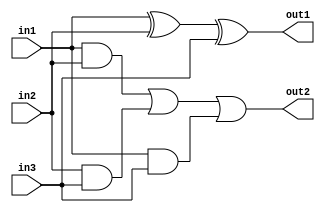
module gates(input in1, input in2, input in3, output out1, output out2);
assign out1 = in1^ in2 ^in3;
assign out2 = (in1 & in2) | (in2 & in3) | (in1 & in3);
endmodule